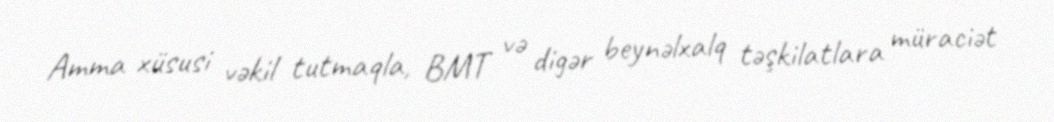
Amma xüsusi vəkil tutmaqla, BMT və digər beynəlxalq təşkilatlara müraciət